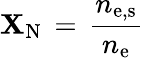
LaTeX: \mathbf{X}_{\mathrm{{{N}}}}\, =\, \frac{{n_{\mathrm{{{e,s}}}}}}{{n_{\mathrm{{{e}}}}}}